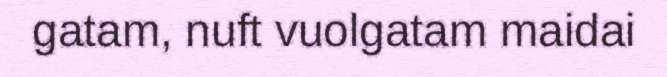
gatam, nuft vuolgatam maidai